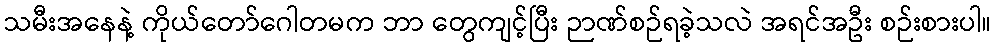
သမီးအနေနဲ့ ကိုယ်တော်ဂေါတမက ဘာ တွေကျင့်ပြီး ဉာဏ်စဉ်ရခဲ့သလဲ အရင်အဦး စဉ်းစားပါ။